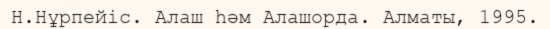
Н.Нұрпейіс. Алаш һәм Алашорда. Алматы, 1995.